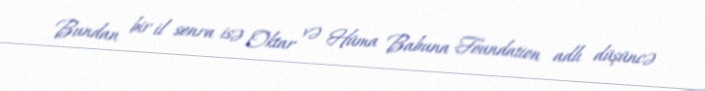
Bundan bir il sonra isə Oktar və Hüma Babuna Foundation adlı düşüncə